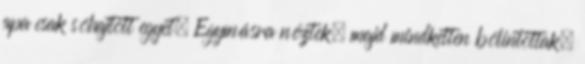
apa csak sóhajtott egyet. Egymásra néztek, majd mindketten bólintottak.